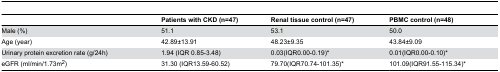
<table><thead><tr><td></td><td><b>Patients with CKD (n=47)</b></td><td><b>Renal tissue control (n=47)</b></td><td><b>PBMC control (n=48)</b></td></tr></thead><tbody><tr><td>Male (%) </td><td>51.1</td><td>53.1</td><td>50.0</td></tr><tr><td>Age (year) </td><td>42.89±13.91</td><td>48.23±9.35</td><td>43.84±9.09</td></tr><tr><td>Urinary protein excretion rate (g/24h) </td><td>1.94 (IQR 0.85-3.48)</td><td>0.03(IQR0.00-0.19)*</td><td>0.01(IQR0.00-0.10)*</td></tr><tr><td>eGFR (ml/min/1.73m<sup>2</sup>) </td><td>31.30 (IQR13.59-60.52)</td><td>79.70(IQR70.74-101.35)*</td><td>101.09(IQR91.55-115.34)*</td></tr></tbody></table>